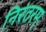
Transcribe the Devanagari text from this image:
निरंतरम्‌